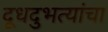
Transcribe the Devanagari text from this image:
दूधदुभत्यांचा